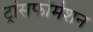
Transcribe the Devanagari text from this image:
ट्रांसफॉर्मेशन